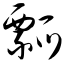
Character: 瓢